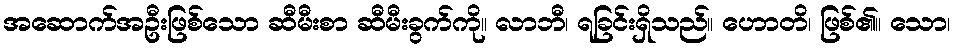
အဆောက်အဦးဖြစ်သော ဆီမီးစာ ဆီမီးခွက်ကို။ လာဘီ၊ ရခြင်းရှိသည်။ ဟောတိ၊ ဖြစ်၏။ သော၊